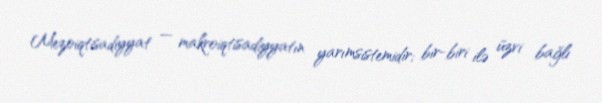
Mezoiqtisadiyyat — makroiqtisadiyyatın yarımsistemidir; bir-biri ilə üzvi bağlı